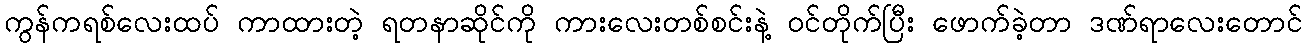
ကွန်ကရစ်လေးထပ် ကာထားတဲ့ ရတနာဆိုင်ကို ကားလေးတစ်စင်းနဲ့ ဝင်တိုက်ပြီး ဖောက်ခဲ့တာ ဒဏ်ရာလေးတောင်